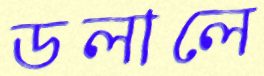
ডলালে